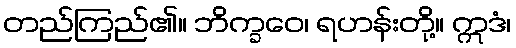
တည်ကြည်၏။ ဘိက္ခဝေ၊ ရဟန်းတို့။ ဣဒံ၊